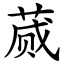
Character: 蒇